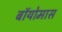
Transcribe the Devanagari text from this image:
बॉयोमास